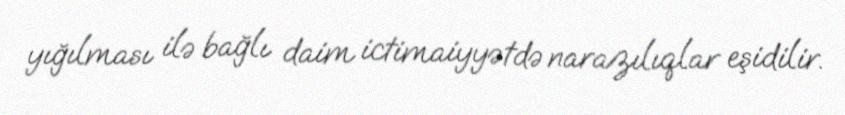
yığılması ilə bağlı daim ictimaiyyətdə narazılıqlar eşidilir.